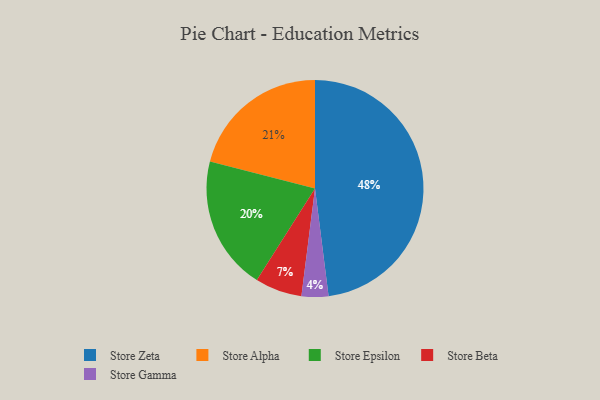
{"axis": {"x": "Category", "y": "Percentage"}, "legend": ["Store Alpha", "Store Beta", "Store Epsilon", "Store Gamma", "Store Zeta"], "data": [{"x": "Store Gamma", "y": 4, "type": "Store Gamma"}, {"x": "Store Zeta", "y": 48, "type": "Store Zeta"}, {"x": "Store Alpha", "y": 21, "type": "Store Alpha"}, {"x": "Store Beta", "y": 7, "type": "Store Beta"}, {"x": "Store Epsilon", "y": 20, "type": "Store Epsilon"}]}